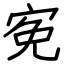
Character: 𡨚